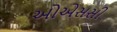
ઓએસસી